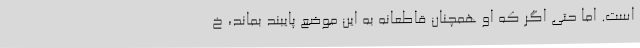
است. اما حتی اگر که او همچنان قاطعانه به این موضع پایبند بماند، خ